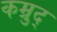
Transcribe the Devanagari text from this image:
कम्रुद्